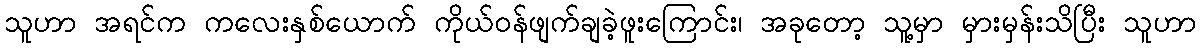
သူဟာ အရင်က ကလေးနှစ်ယောက် ကိုယ်ဝန်ဖျက်ချခဲ့ဖူးကြောင်း၊ အခုတော့ သူ့မှာ မှားမှန်းသိပြီး သူဟာ